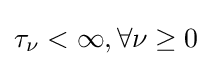
\tau _{\nu }<\infty ,\forall \nu \geq 0